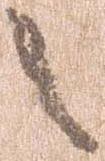
之